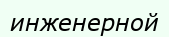
инженерной